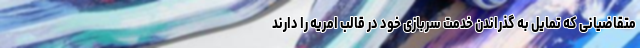
متقاضیانی که تمایل به گذراندن خدمت سربازی خود در قالب امریه را دارند